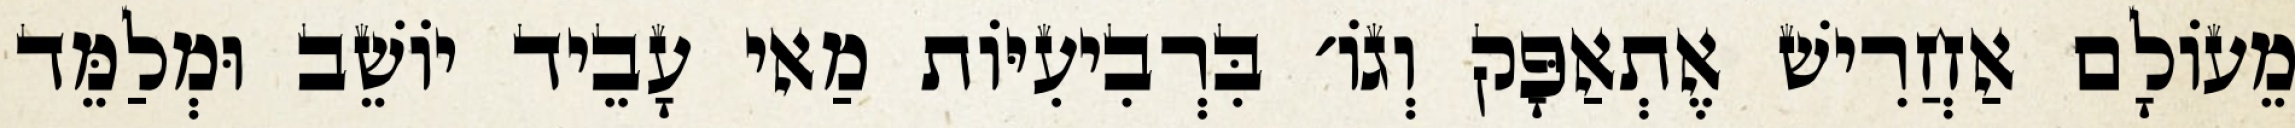
מֵעוֹלָם אַחֲרִישׁ אֶתְאַפָּק וְגוֹ׳ בִּרְבִיעִיּוֹת מַאי עָבֵיד יוֹשֵׁב וּמְלַמֵּד